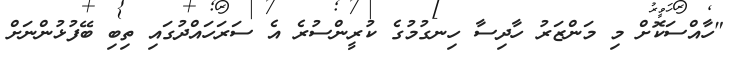
"ހާއްސަކޮށް މި މަންޒަރު ހާދިސާ ހިނގުމުގެ ކުރީންސުރެ އެ ސަރަހައްދުގައި ތިބި ބޭފުޅުންނަށް